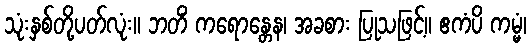
သုံးနှစ်တို့ပတ်လုံး။ ဘတိံ ကရောန္တေန၊ အခစား ပြုသဖြင့်။ ဧကံပိ ကမ္မံ၊